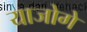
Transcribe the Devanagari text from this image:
याजोगे